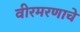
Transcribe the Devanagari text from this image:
वीरमरणाचे